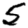
Digit: 5